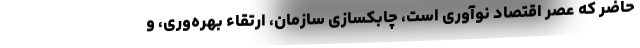
حاضر که عصر اقتصاد نوآوری است، چابکسازی سازمان، ارتقاء بهره‌وری، و